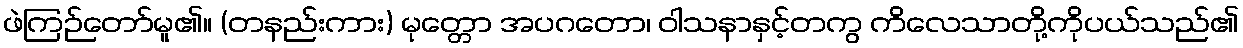
ဖဲကြဉ်တော်မူ၏။ (တနည်းကား) မုတ္တော အပဂတော၊ ဝါသနာနှင့်တကွ ကိလေသာတို့ကိုပယ်သည်၏